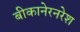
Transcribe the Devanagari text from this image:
बीकानेरनरेश